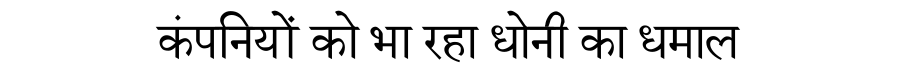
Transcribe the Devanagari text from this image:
कंपनियों को भा रहा धोनी का धमाल